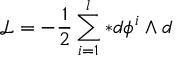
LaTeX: \mathcal { L = } - \frac { 1 } { 2 } \sum _ { i = 1 } ^ { l } \ast d \phi ^ { i } \wedge d